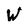
Character: W